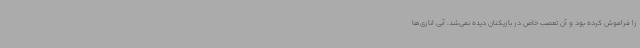
را فراموش کرده بود و آن تعصب خاص در بازیکنان دیده نمی‌شد. آبی اناری‌ها